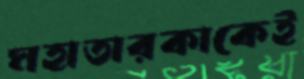
মহাতারকাকেই